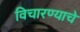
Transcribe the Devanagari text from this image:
विचारण्याचे